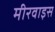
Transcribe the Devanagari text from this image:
मीरवाइस